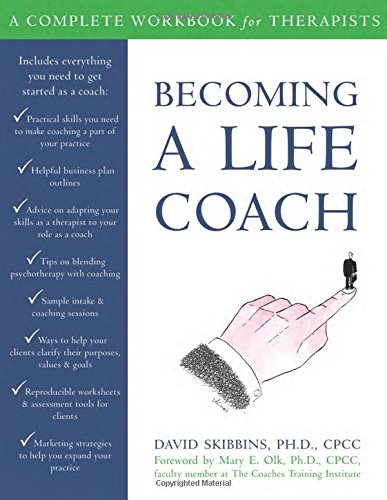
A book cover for Becoming a Life Coach: A Complete Workbook for Therapists; David Skibbins PhD  CPCC; Medical Books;